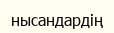
нысандардің